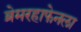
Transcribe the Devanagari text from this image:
ब्रेमरहाफेनला